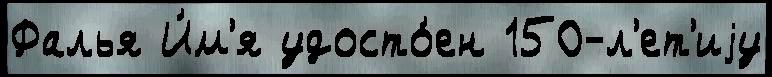
Фалья И́м'я удосто́ен 150-л'ет'иjу